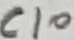
Text: C10